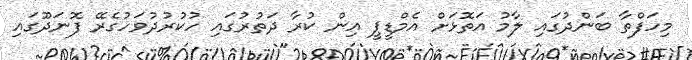
މިހަފްތާ ބަންދުގައި ލާމު އަތޮޅަށް އެމްޑީޕީ އިން ކުރާ ދަތުރުގައި ހުކުރުދުވަހުގެރޭ ފޮނަދޫގައި